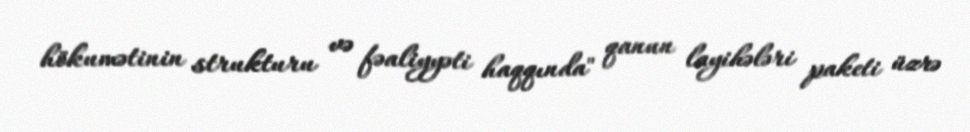
hökumətinin strukturu və fəaliyyəti haqqında" qanun layihələri paketi üzrə